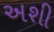
અશી